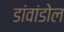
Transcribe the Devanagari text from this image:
डांवांडोल